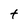
Character: t